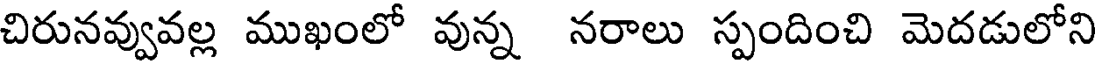
చిరునవ్వువల్ల ముఖంలో వున్న నరాలు స్పందించి మెదడులోని